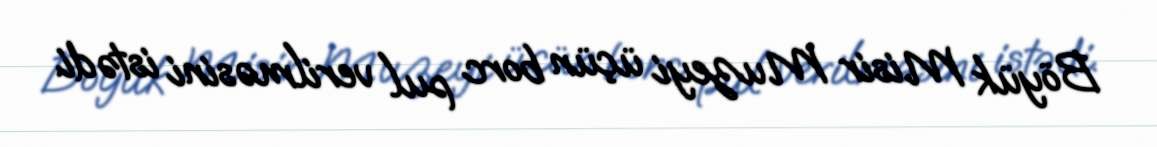
Böyük Misir Muzeyi üçün borc pul verilməsini istədi.